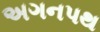
અગનપથ